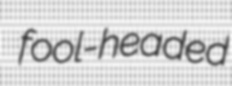
fool-headed